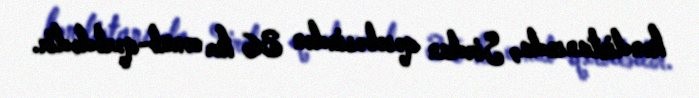
kəndistanında, Sirdan qəsəbəsindən 36 km cənub-qərbdədir.